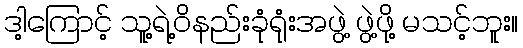
ဒါ့ကြောင့် သူ့ရဲ့ဝိနည်းခုံရုံးအဖွဲ့ ဖွဲ့ဖို့ မသင့်ဘူး။